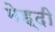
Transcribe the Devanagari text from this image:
मेह्दी